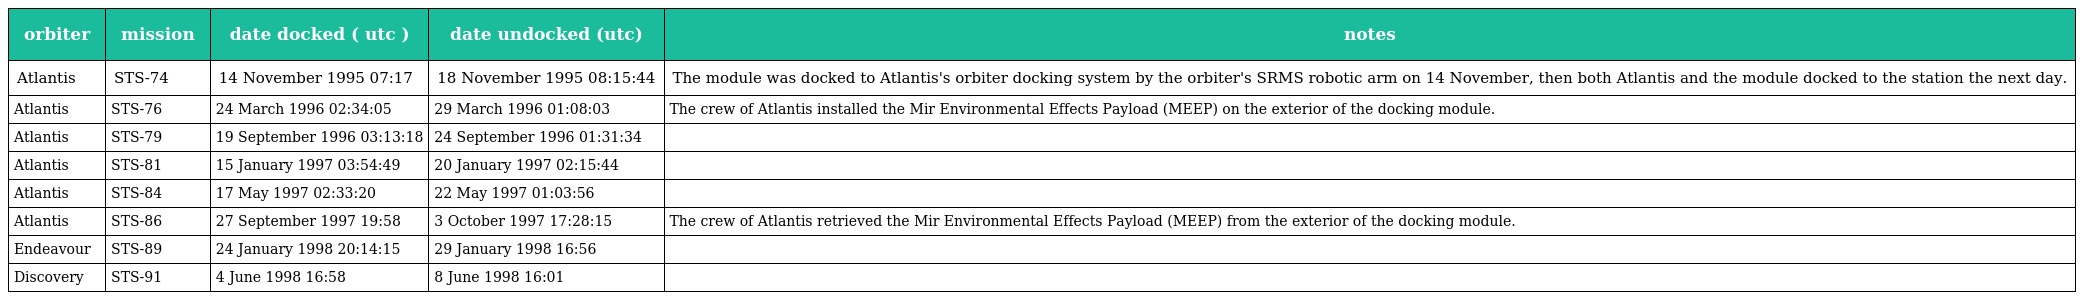
| orbiter | mission | date docked ( utc ) | date undocked (utc) | notes |
 | --- | --- | --- | --- | --- |
 | Atlantis | STS-74 | 14 November 1995 07:17 | 18 November 1995 08:15:44 | The module was docked to Atlantis's orbiter docking system by the orbiter's SRMS robotic arm on 14 November, then both Atlantis and the module docked to the station the next day. |
 | Atlantis | STS-76 | 24 March 1996 02:34:05 | 29 March 1996 01:08:03 | The crew of Atlantis installed the Mir Environmental Effects Payload (MEEP) on the exterior of the docking module. |
 | Atlantis | STS-79 | 19 September 1996 03:13:18 | 24 September 1996 01:31:34 |  |
 | Atlantis | STS-81 | 15 January 1997 03:54:49 | 20 January 1997 02:15:44 |  |
 | Atlantis | STS-84 | 17 May 1997 02:33:20 | 22 May 1997 01:03:56 |  |
 | Atlantis | STS-86 | 27 September 1997 19:58 | 3 October 1997 17:28:15 | The crew of Atlantis retrieved the Mir Environmental Effects Payload (MEEP) from the exterior of the docking module. |
 | Endeavour | STS-89 | 24 January 1998 20:14:15 | 29 January 1998 16:56 |  |
 | Discovery | STS-91 | 4 June 1998 16:58 | 8 June 1998 16:01 |  |